Account of plague administration in the Bombay Presidency from September 1896 till May 1897
Year: 1896
Disease focus: Plague
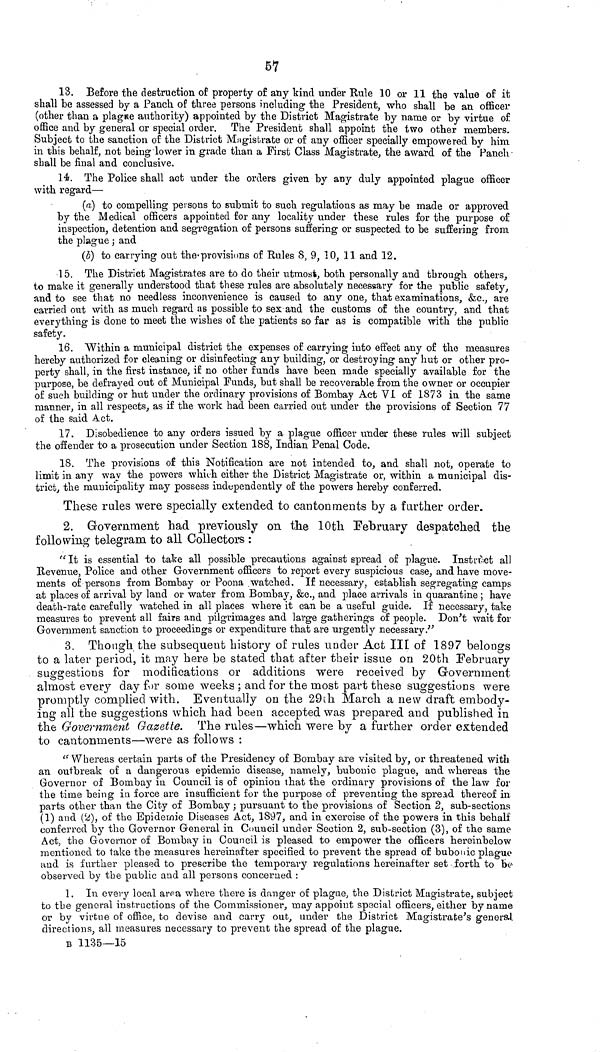
57
13. Before the destruction of property of any kind under Rule 10 or 11 the value of it
shall be assessed by a Panch of three persons including the President, who shall be an officer
(other than a plague authority) appointed by the District Magistrate by name or by virtue of
office and by general or special order. The President shall appoint the two other members.
Subject to the sanction of the District Magistrate or of any officer specially empowered by him
in this behalf, not being lower in grade than a First Class Magistrate, the award of the Panch
shall be final and conclusive.
14. The Police shall act under the orders given by any duly appointed plague officer
with regard—
(a) to compelling persons to submit to such regulations as may be made or approved
by the Medical officers appointed for any locality under these rules for the purpose of
inspection, detention and segregation of persons suffering or suspected to be suffering from
the plague ; and
(b) to carrying out the provisions of Rules 8, 9, 10, 11 and 12.
15. The District Magistrates are to do their utmost, both personally and through others,
to make it generally understood that these rules are absolutely necessary for the public safety,
and to see that no needless inconvenience is caused to any one, that examinations, &c., are
carried out with as much regard as possible to sex and the customs of the country, and that
everything is done to meet the wishes of the patients so far as is compatible with the public
safety.
16. Within a municipal district the expenses of carrying into effect any of the measures
hereby authorized for cleaning or disinfecting any building, or destroying any hut or other pro-
perty shall, in the first instance, if no other funds have been made specially available for the
purpose, be defrayed out of Municipal Funds, but shall be recoverable from the owner or occupier
of such building or hut under the ordinary provisions of Bombay Act VI of 1873 in the same
manner, in all respects, as if the work had been carried out under the provisions of Section 77
of the said Act.
17. Disobedience to any orders issued by a plague officer under these rules will subject
the offender to a prosecution under Section 188, Indian Penal Code.
18. The provisions of this Notification are not intended to, and shall not, operate to
limit in any way the powers which either the District Magistrate or, within a municipal dis-
trict, the municipality may possess independently of the powers hereby conferred.
These rules were specially extended to cantonments by a farther order.
2. Government had previously on the 10th February despatched the
following telegram to all Collectors :
"It is essential to take all possible precautions against spread of plague. Instruct all
Revenue, Police and other Government officers to report every suspicious ease, and have move-
ments of persons from Bombay or Poona watched. If necessary, establish segregating camps
at places of arrival by land or water from Bombay, &c., and place arrivals in quarantine ; have
death-rate carefully watched in all places where it can be a useful guide. If necessary, take
measures to prevent all fairs and pilgrimages and large gatherings of people. Don't wait for
Government sanction to proceedings or expenditure that are urgently necessary."
3. Though the subsequent history of rules under Act III of 1897 belongs
to a later period, it may here be stated that after their issue on 20th February
suggestions for modifications or additions were received by Government
almost every day for some weeks ; and for the most part these suggestions were
promptly complied with. Eventually on the 29th March a new draft embody-
ing all the suggestions which had been accepted was prepared and published in
the Government Gazette. The rules—which were by a further order extended
to cantonments—were as follows :
"Whereas certain parts of the Presidency of Bombay are visited by, or threatened with
an outbreak of a dangerous epidemic disease, namely, bubonic plague, and whereas the
Governor of Bombay in Council is of opinion that the ordinary provisions of the law for
the time being in force are insufficient for the purpose of preventing the spread thereof in
parts other than the City of Bombay ; pursuant to the provisions of Section 2, sub-sections
(1) and (2), of the Epidemic Diseases Act, 1897, and in exercise of the powers in this behalf
conferred by the Governor General in Council under Section 2, sub-section (3), of the same
Act, the Governor of Bombay in Council is pleased to empower the officers hereinbelow
mentioned to lake the measures hereinafter specified to prevent the spread of bubonic plague
and is further pleased to prescribe the temporary regulations hereinafter set forth to be
observed by the public and all persons concerned :
1. In every local area where there is danger of plague, the District Magistrate, subject
to the general instructions of the Commissioner, may appoint special officers, either by name
or by virtue of office, to devise and carry out, under the District Magistrate's general
directions, all measures necessary to prevent the spread of the plague,
Β 1135—15